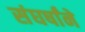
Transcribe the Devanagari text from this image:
संघर्षांने